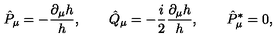
\hat { P } _ { \mu } = - { \frac { \partial _ { \mu } h } { h } } , \qquad \hat { Q } _ { \mu } = - { \frac { i } { 2 } } { \frac { \partial _ { \mu } h } { h } } , \qquad \hat { P } _ { \mu } ^ { * } = 0 ,